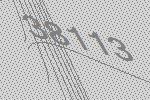
38113